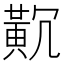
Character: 𪎸